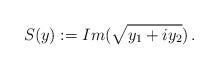
LaTeX: \begin{align*}S(y):=Im (\sqrt{y_1 + i y_2})\,.\end{align*}